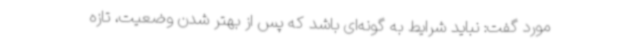
مورد گفت: نباید شرایط به گونه‌ای باشد که پس از بهتر شدن وضعیت، تازه